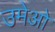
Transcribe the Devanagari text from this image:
उमेओ